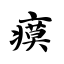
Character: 瘼